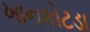
ખાનકોટડા